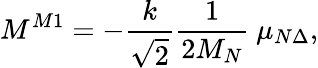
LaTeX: M^{M1}=-\frac k{\sqrt{2}}\frac{1}{2M_{N}}\ \mu_{N\Delta},